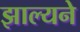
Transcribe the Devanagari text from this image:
झाल्यने